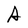
Character: A